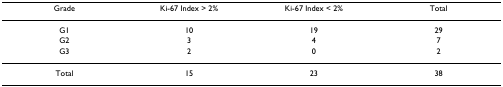
| Grade | Ki-67 Index > 2% | Ki-67 Index < 2% | Total |
 | --- | --- | --- | --- |
 | G1 | 10 | 19 | 29 |
 | G2 | 3 | 4 | 7 |
 | G3 | 2 | 0 | 2 |
 | Total | 15 | 23 | 38 |